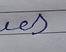
Signature authenticity: forged